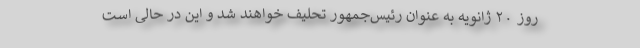
روز ۲۰ ژانویه به عنوان رئیس‌جمهور تحلیف خواهند شد و این در حالی است